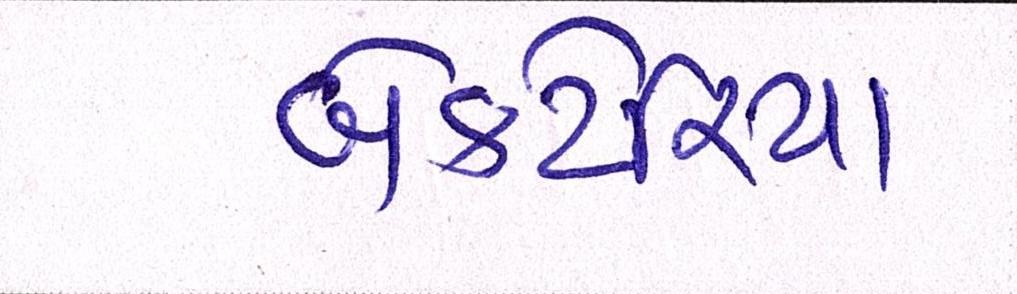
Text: બેક્ટેરિયા